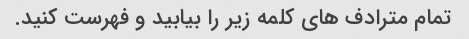
تمام مترادف های کلمه زیر را بیابید و فهرست کنید.